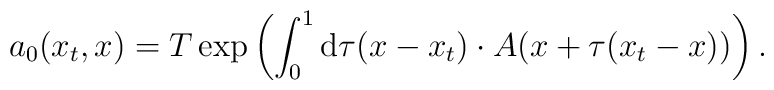
a_0(x_t,x)=T\exp \left( \int_0^1{\rm d}\tau (x-x_t)\cdot A(x+\tau(x_t-x))\right) .